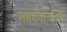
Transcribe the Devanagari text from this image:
समर्थवाग्देवता